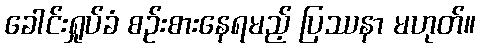
ခေါင်းရှုပ်ခံ စဉ်းစားနေရမည့် ပြဿနာ မဟုတ်။